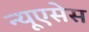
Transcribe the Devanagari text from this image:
न्यूएसेस